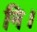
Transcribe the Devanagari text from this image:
नि।